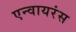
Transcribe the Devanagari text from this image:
एन्वायरंस